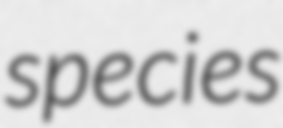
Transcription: species